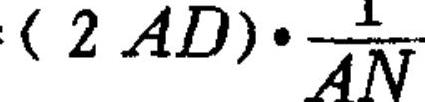
\((2AD)\cdot\frac{1}{AN}\)